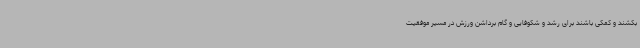
بکشند و کمکی باشند برای رشد و شکوفایی و گام برداشن ورزش در مسیر موفقیت